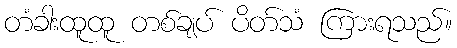
တံခါးထူထူ တစ်ချပ် ပိတ်သံ ကြားရသည်။